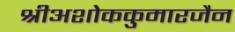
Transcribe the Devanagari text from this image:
श्रीअशोककुमारजैन